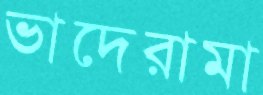
ভাদেরামা